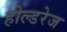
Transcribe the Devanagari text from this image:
होल्डरेज